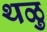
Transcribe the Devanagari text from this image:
थळु